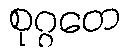
စုဂ္ဂတေ